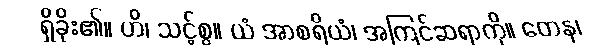
ရှိခိုး၏။ ဟိ၊ သင့်စွ။ ယံ အာစရိယံ၊ အကြင်ဆရာကို။ တေန၊